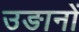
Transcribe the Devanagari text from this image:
उङानों